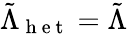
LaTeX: \tilde{\Lambda}_{\mathrm{~h~e~t~}}=\tilde{\Lambda}